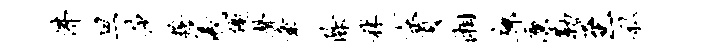
沸旦莎糗羲优声章除秫七贾湘廊廪勒至私